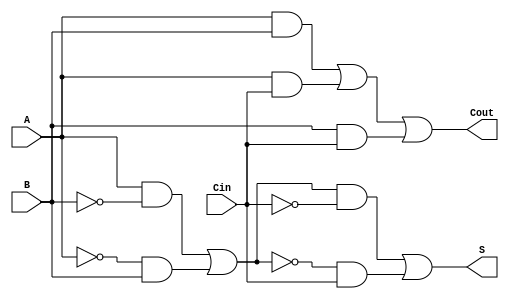
module TransmissionGateFullAdder (
    input wire A,     // First single-bit input
    input wire B,     // Second single-bit input
    input wire Cin,   // Carry-in input
    output wire S,    // Sum output
    output wire Cout   // Carry-out output
);

// Internal wires for intermediate signals
wire AB_and, ACin_and, BCin_and;
wire AB_xor, AB_xor_Cin_xor;

// Transmission Gate implementation for the XOR operation
// First XOR: A  B
assign AB_xor = (A & ~B & 1) | (~A & B & 1); // Transmission gate for A and B
// Second XOR: (A  B)  Cin
assign AB_xor_Cin_xor = (AB_xor & ~Cin & 1) | (~AB_xor & Cin & 1); // Transmission gate for AB_xor and Cin

// Output Sum
assign S = AB_xor_Cin_xor;

// Transmission Gate implementation for the AND operation
// AND gates for Cout
assign AB_and = A & B;        // A AND B
assign ACin_and = A & Cin;    // A AND Cin
assign BCin_and = B & Cin;    // B AND Cin

// Using OR logic to combine the AND outputs for Cout
assign Cout = AB_and | ACin_and | BCin_and;

endmodule